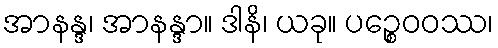
အာနန္ဒ၊ အာနန္ဒာ။ ဒါနိ၊ ယခု။ ပဉ္စေဝဝဿ၊